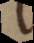
t